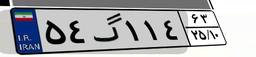
۲۱گ۶۹۳۸۱